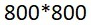
800*800